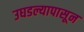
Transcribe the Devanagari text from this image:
उघडल्यापासून